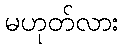
မဟုတ်လား